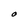
Character: O